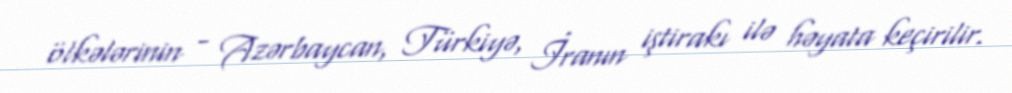
ölkələrinin - Azərbaycan, Türkiyə, İranın iştirakı ilə həyata keçirilir.